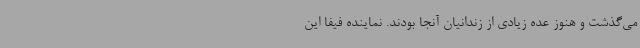
می‌گذشت و هنوز عده زیادی از زندانیان آنجا بودند. نماینده فیفا این